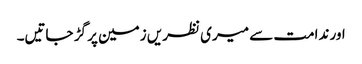
اور ندامت سے میری نظریں زمین پر گڑ جاتیں۔